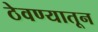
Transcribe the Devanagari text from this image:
ठेवण्यातून